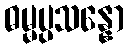
ဓမ္မပ္ပသန္နော